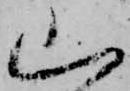
山